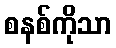
စနစ်ကိုသာ